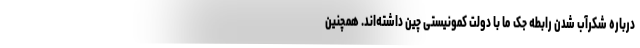
درباره شکرآب شدن رابطه جک ما با دولت کمونیستی چین داشته‌اند. همچنین